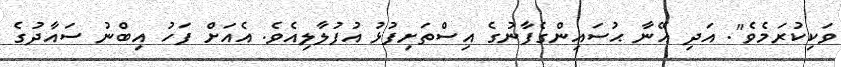
ވަކިކުރަމެވެ". އަދި އޭނާ ޙުސައިންގެފާނުގެ އިސްތަށިފުޅު އުފުލާލިއެވެ. އެއަށް ފަހު އިބްނު ސައާދުގެ